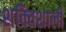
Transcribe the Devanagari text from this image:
शक्‍ितशाली